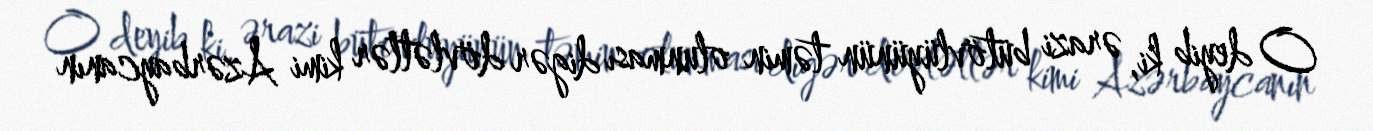
O deyib ki, ərazi bütövlüyünün təmin olunması digər dövlətlər kimi Azərbaycanın